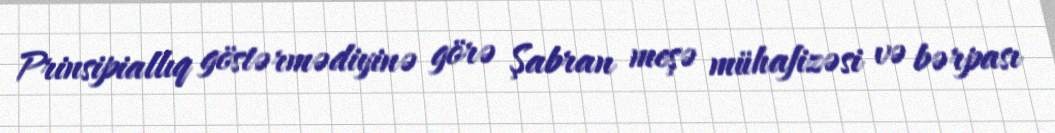
Prinsipiallıq göstərmədiyinə görə Şabran meşə mühafizəsi və bərpası